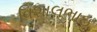
વિશાલભાઇ